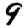
Digit: 9